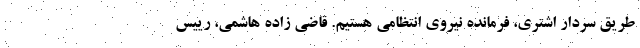
طریق سردار اشتری، فرمانده نیروی انتظامی هستیم. قاضی زاده هاشمی، رییس